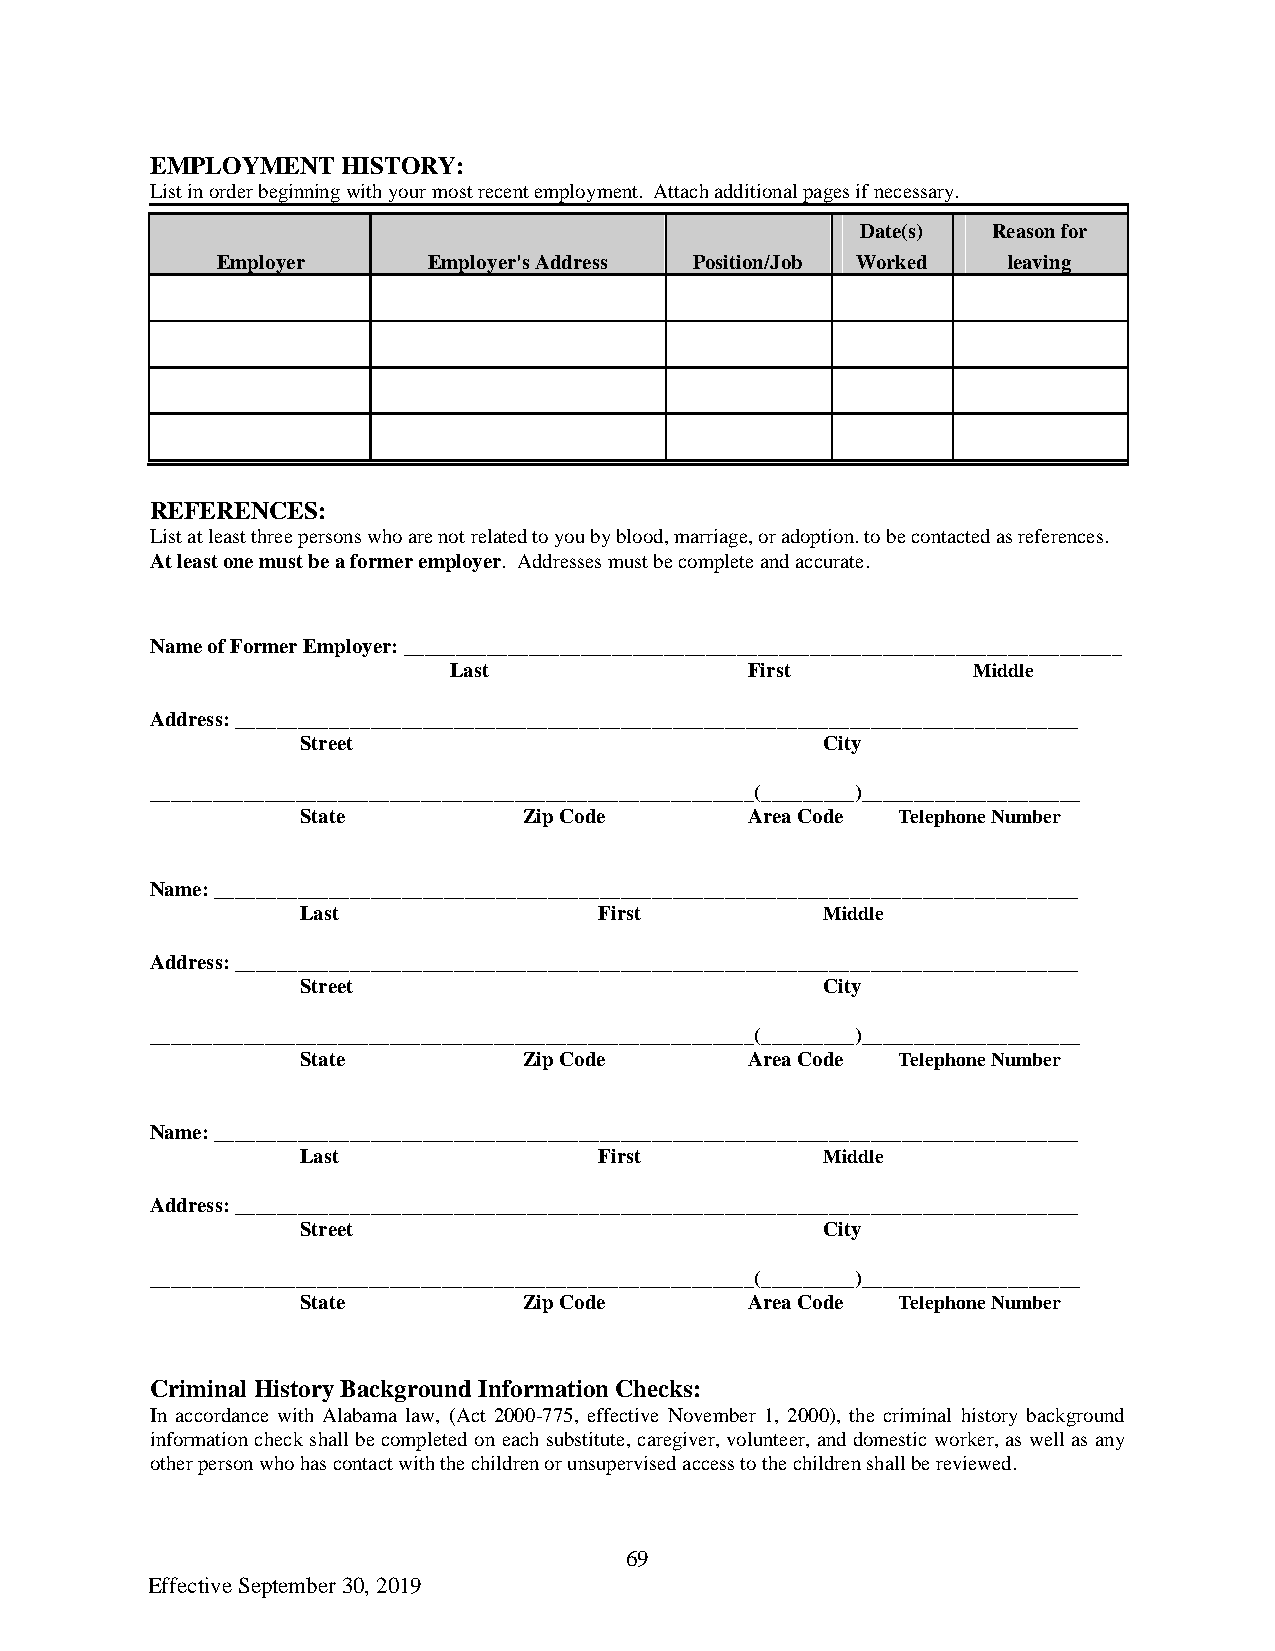
EMPLOYMENT   HISTORY:
 List in order beginning with your most recent employment. Attach additional pages if necessary.
 Date(s)  Reason for
 Employer      Employer's Address Position/Job Worked leaving
 REFERENCES:
 List at least three persons who are not related to you by blood, marriage, or adoption. to be contacted as references.
 At least one must be a former employer. Addresses must be complete and accurate.
 Name of Former Employer: _____________________________________________________________________
 Last                First         Middle
 Address: _________________________________________________________________________________
 Street                            City
 __________________________________________________________(_________)_____________________
 State          Zip Code       Area Code Telephone Number
 Name: ___________________________________________________________________________________
 Last                First         Middle
 Address: _________________________________________________________________________________
 Street                            City
 __________________________________________________________(_________)_____________________
 State          Zip Code       Area Code Telephone Number
 Name: ___________________________________________________________________________________
 Last                First         Middle
 Address: _________________________________________________________________________________
 Street                            City
 __________________________________________________________(_________)_____________________
 State          Zip Code       Area Code Telephone Number
 Criminal History Background Information Checks:
 In accordance with Alabama law, (Act 2000-775, effective November 1, 2000), the criminal history background
 information check shall be completed on each substitute, caregiver, volunteer, and domestic worker, as well as any
 other person who has contact with the children or unsupervised access to the children shall be reviewed.
 69
 Effective September 30, 2019